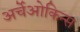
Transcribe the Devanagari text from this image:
अर्चेओकिन्स